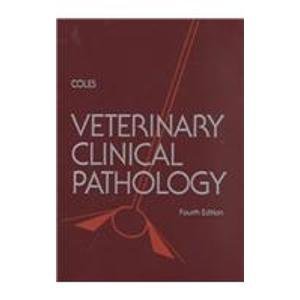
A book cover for Veterinary Clinical Pathology, 4e; Embert H. Coles DVM  PhD; Medical Books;